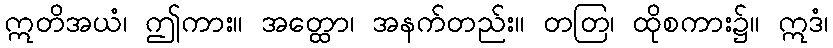
ဣတိအယံ၊ ဤကား။ အတ္ထော၊ အနက်တည်း။ တတြ၊ ထိုစကား၌။ ဣဒံ၊